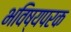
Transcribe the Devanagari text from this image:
भविष्यपरक